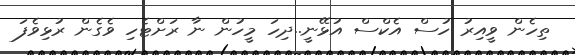
ތިހެން ވީއިރު ހުސް އެކްސް އުޅޭނީ..ދިހަ މީހުން ނާ ރަށްޓެހި ވެގެން ރުޅިވެފަ